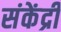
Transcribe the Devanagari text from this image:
संकेंद्री